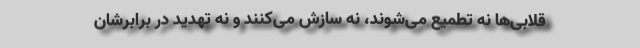
قلابی‌ها نه تطمیع می‌شوند، نه سازش می‌کنند و نه تهدید در برابرشان